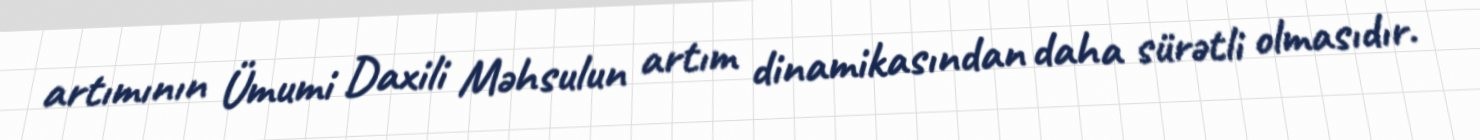
artımının Ümumi Daxili Məhsulun artım dinamikasından daha sürətli olmasıdır.